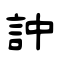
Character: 訲